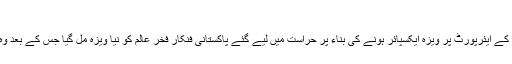
فائل فوٹو
کراچی: 'مشن پرواز' کے دوران روس کے ایئرپورٹ پر ویزہ ایکسپائر ہونے کی بناء پر حراست میں لیے گئے پاکستانی فنکار فخر عالم کو نیا ویزہ مل گیا جس کے بعد وہ اپنے اگلے پڑاؤ کی جانب گامزن ہیں۔